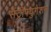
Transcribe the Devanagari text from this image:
सेंट्रीफ्युगेशन